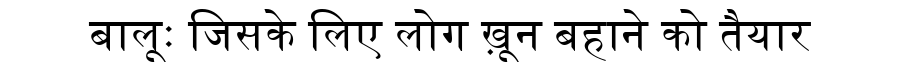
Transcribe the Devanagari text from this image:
बालूः जिसके लिए लोग ख़ून बहाने को तैयार